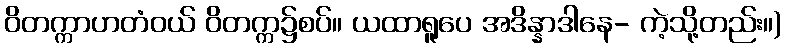
ဝိတက္ကာဟတံဝယ် ဝိတက္က၌စပ်။ ယထာရူပေ အဒိန္နာဒါနေ- ကဲ့သို့တည်း။)